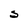
Character: S